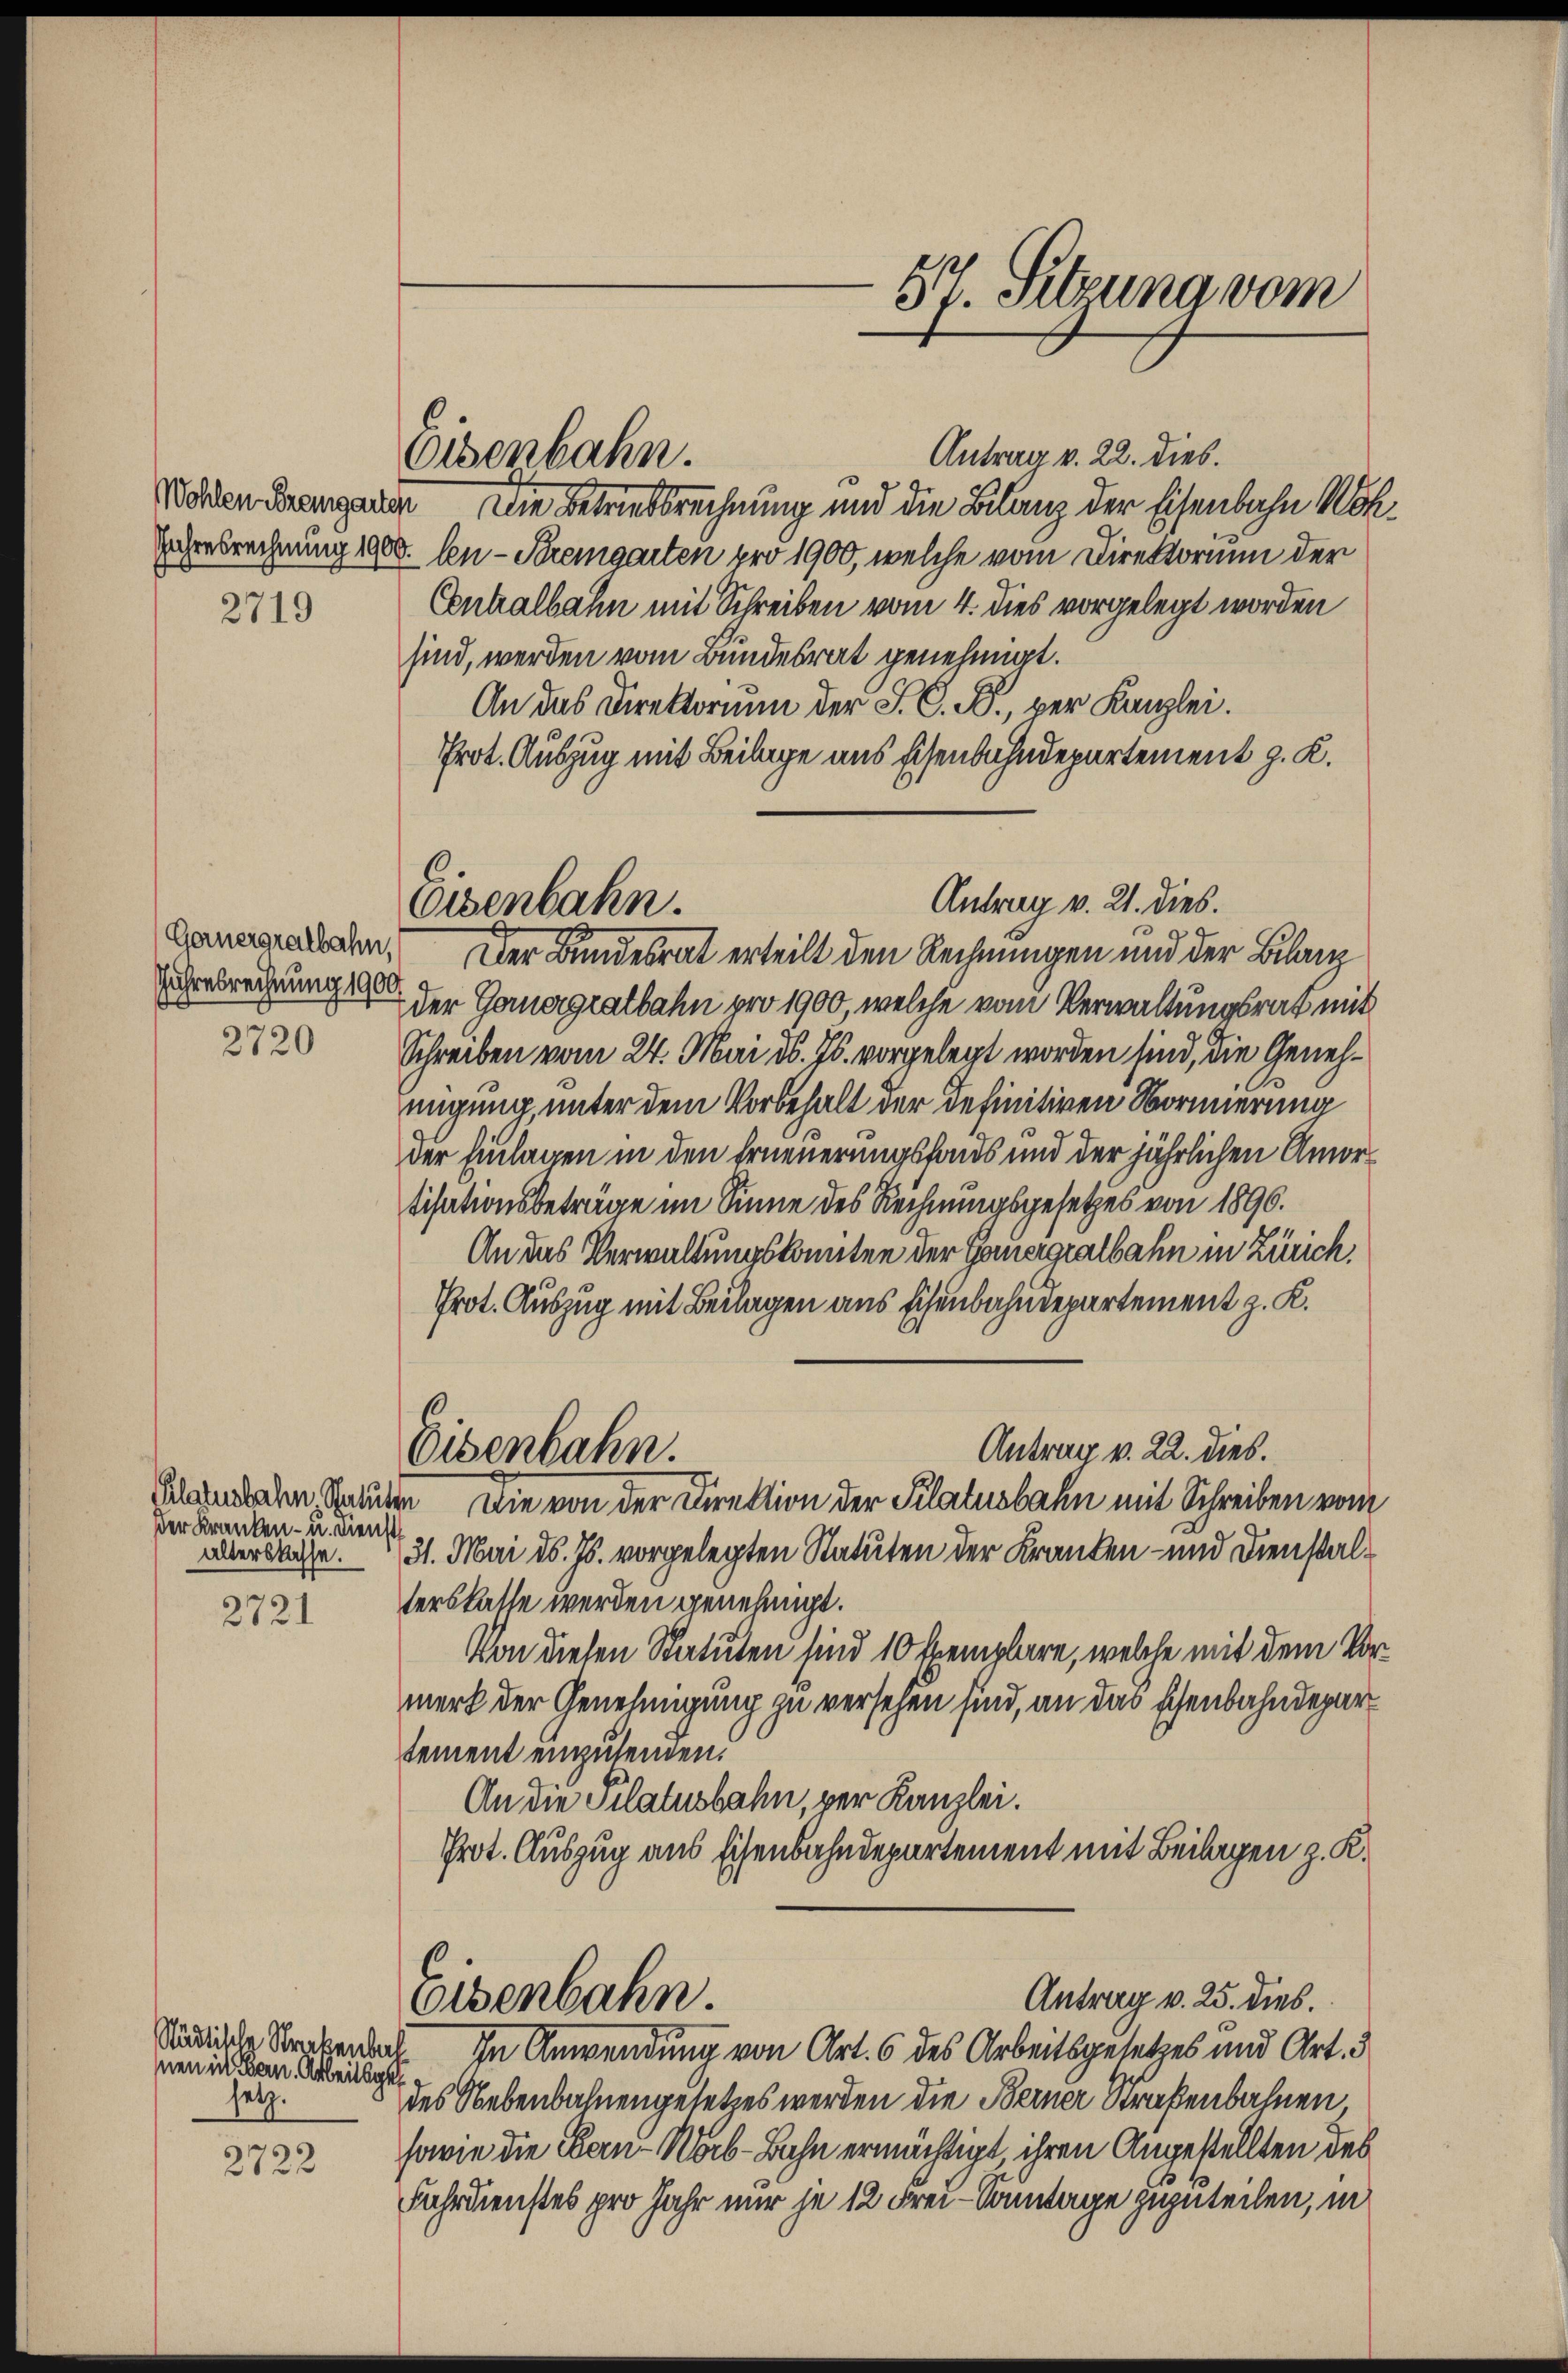
2719

Gernergralbahn,
uhresrechnung 1900.

2720

der Kranken- u. Dienst

2721

Städtische Strekenbal
snen in Bern Arbeitsgel
setz.

2722

Eisenbahn.

Antrag v. 21. dies.
Eisenbahn.

Antrag v. 22. dies.
Wolden Bremgange Die Betriebsrechnung und die Bilanz der Eisenbahn Woh¬
Eihresrechnung 1900. len-Bremgarten pro 1900, welche vom Direktorium der
Contralbahn mit Schreiben vom 4. dies vorgelegt worden
sind, werden vom Bundesrat genehmigt.
An das Direktorium der S. C. R., per Kanzlei.
Prot. Auszug mit Beilage aus Eisenbahndepartement z. K.
Der Bundesrat erteilt den Rechnungen und der Bilanz
 der Genergratbahn pro 1900, welche vom Verwaltungsrat mit
Schreiben vom 24. Mai d. Js. vorgelegt worden sind, die Genehmigung, unter dem Vorbehalt der definitiven Normierung
der Einlagen in den Erneuerungsfonds und der jährlichen Amortisationsbeträge im Sinne des Rechnungsgesetzes von 1896.
An das Verwaltungskomitee der Genergratbahn in Zürich.
Prot. Auszug mit Beilagen aus Eisenbahndepartement z. K.
Antrag v. 22. dies.
Eisenbahn.
Klambachen Statuten Die von der Direktion der Pilatusbahn mit Schreiben vom
aller Sache. 31. Mai d. Js. vorgelegten Statuten der Kranken- und Dienstalterskasse werden genehmigt.
Von diesen Statuten sind 10 Exemplare, welche mit dem Vormerk der Genehmigung zu versehen sind, an das schenbahndepartement einzusenden.
An die Pilatusbahn, per Kanzlei.
Prot. Auszug aus Eisenbahndepartement mit Beilagen z. K.
Antrag v. 25. dies.
Eisenbahn.
In Anwendung von Art. 6 des Arbeitsgesetzes und Art. 3
des Nebenbahnengesetzes werden die Berner Straßenbahnen,
sowie die Kan-Nab-Bahn ermächtigt, ihren Angestellten des
Fahrdienstes pro Jahr nur je 12 Frei-Sonntage zuzuteilen, in

57. Sitzung vom